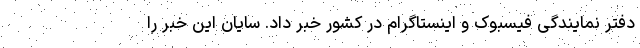
دفتر نمایندگی فیسبوک و اینستاگرام در کشور خبر داد. سایان این خبر را